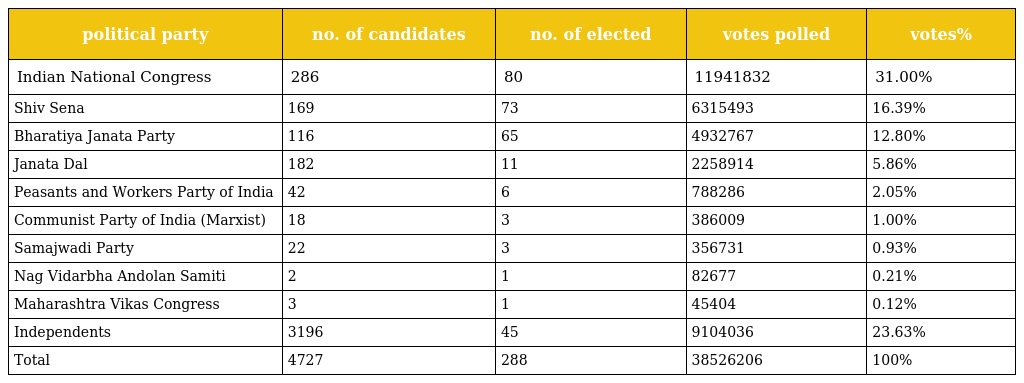
| political party | no. of candidates | no. of elected | votes polled | votes% |
 | --- | --- | --- | --- | --- |
 | Indian National Congress | 286 | 80 | 11941832 | 31.00% |
 | Shiv Sena | 169 | 73 | 6315493 | 16.39% |
 | Bharatiya Janata Party | 116 | 65 | 4932767 | 12.80% |
 | Janata Dal | 182 | 11 | 2258914 | 5.86% |
 | Peasants and Workers Party of India | 42 | 6 | 788286 | 2.05% |
 | Communist Party of India (Marxist) | 18 | 3 | 386009 | 1.00% |
 | Samajwadi Party | 22 | 3 | 356731 | 0.93% |
 | Nag Vidarbha Andolan Samiti | 2 | 1 | 82677 | 0.21% |
 | Maharashtra Vikas Congress | 3 | 1 | 45404 | 0.12% |
 | Independents | 3196 | 45 | 9104036 | 23.63% |
 | Total | 4727 | 288 | 38526206 | 100% |